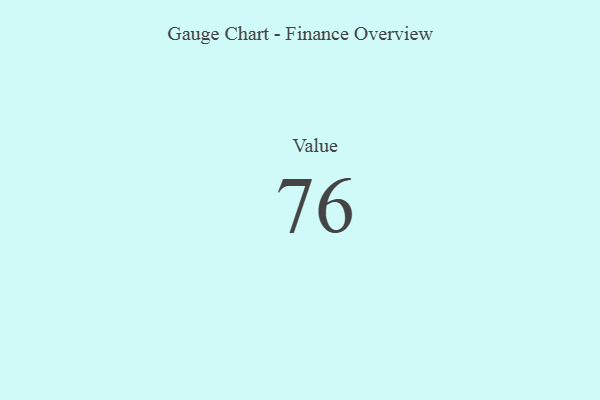
{"axis": {"x": "Metric", "y": "Value"}, "legend": [""], "data": [{"x": "Value", "y": 76, "type": ""}]}